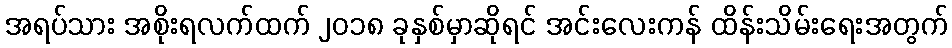
အရပ်သား အစိုးရလက်ထက် ၂၀၁၈ ခုနှစ်မှာဆိုရင် အင်းလေးကန် ထိန်းသိမ်းရေးအတွက်